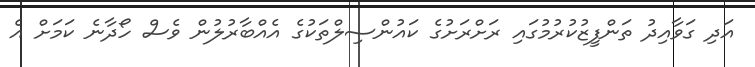
އަދި ގަވާއިދު ތަންފީޒުކުރުމުގައި ރަށްރަށުގެ ކައުންސިލްތަކުގެ އެއްބާރުލުން ވެސް ހޯދާނެ ކަމަށް އެ